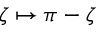
\zeta \mapsto \pi - \zeta